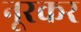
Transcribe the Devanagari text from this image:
नूरकर